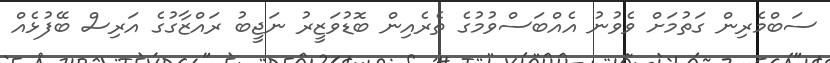
ސަބްމެރިން ގަތުމަށް ވެވުނު އެއްބަސްވުމުގެ ތެރެއިން ބޮޑުވަޒީރު ނަޖީބު ރައްޒާގުގެ އަރިސް ބޭފުޅެއް